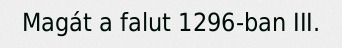
Magát a falut 1296-ban III.